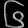
Digit: ၆